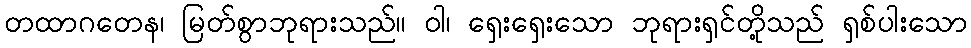
တထာဂတေန၊ မြတ်စွာဘုရားသည်။ ဝါ၊ ရှေးရှေးသော ဘုရားရှင်တို့သည် ရှစ်ပါးသော